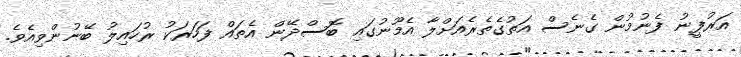
އަރުފީނު ފެނުމުން ގެނެސް އަތުގެތެރެއަށްލާ އެމޫނުގައި ބޮސްދޭން އެތައް ފަހަރަކު ރުހައިލު ބޭނުންވިއެވެ.